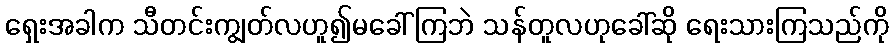
ရှေးအခါက သီတင်းကျွတ်လဟူ၍မခေါ်ကြဘဲ သန်တူလဟုခေါ်ဆို ရေးသားကြသည်ကို